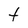
Character: t